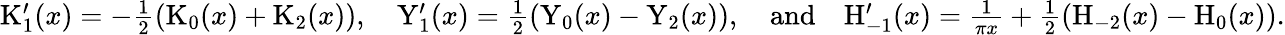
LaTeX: \begin{array}{r}{\mathrm{K}_{1}^{\prime}(x)=-\frac{1}{2}\left(\mathrm{K}_{0}(x)+\mathrm{K}_{2}(x)\right),\quad\mathrm{Y}_{1}^{\prime}(x)=\frac{1}{2}\left(\mathrm{Y}_{0}(x)-\mathrm{Y}_{2}(x)\right),\quad\mathrm{and}\quad\mathrm{H}_{-1}^{\prime}(x)=\frac{1}{\pi x}+\frac{1}{2}\left(\mathrm{H}_{-2}(x)-\mathrm{H}_{0}(x)\right).}\end{array}